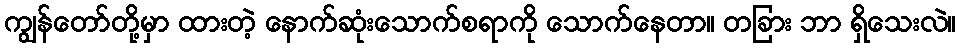
ကျွန်တော်တို့မှာ ထားတဲ့ နောက်ဆုံးသောက်စရာကို သောက်နေတာ။ တခြား ဘာ ရှိသေးလဲ။